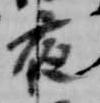
夜